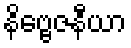
နိဗ္ဗေဇနီယာ